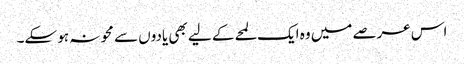
اس عرصے میں وہ ایک لمحے کے لیے بھی یادوں سے محو نہ ہو سکے۔